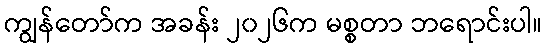
ကျွန်တော်က အခန်း ၂၀၂၆က မစ္စတာ ဘရောင်းပါ။